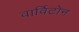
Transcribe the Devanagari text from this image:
वार्विटोन